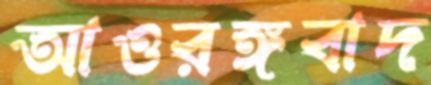
আওরঙ্গবাদ